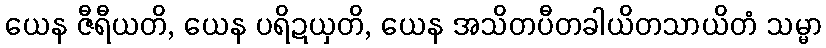
ယေန ဇီရီယတိ, ယေန ပရိဍယှတိ, ယေန အသိတပီတခါယိတသာယိတံ သမ္မာ